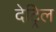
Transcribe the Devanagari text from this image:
देट्रिल